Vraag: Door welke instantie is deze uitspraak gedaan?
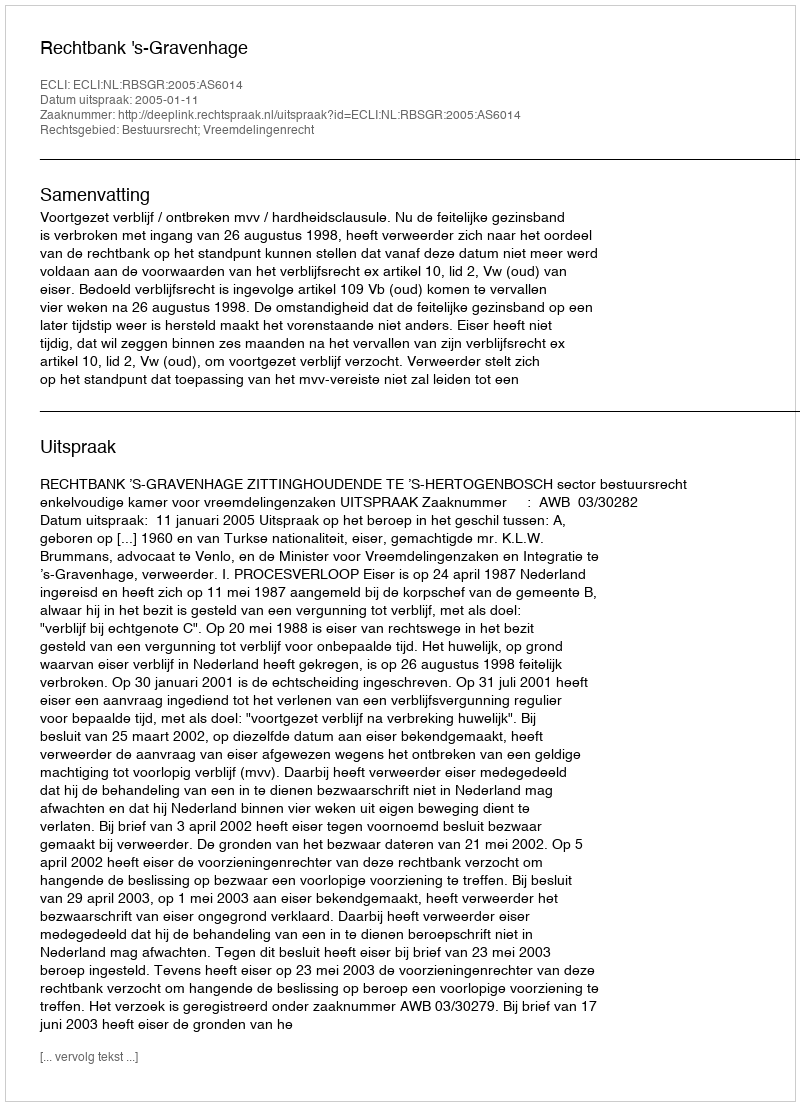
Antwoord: Rechtbank 's-Gravenhage